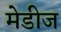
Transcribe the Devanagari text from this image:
मेडीज